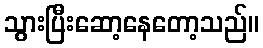
သွားပြီးဆော့နေတော့သည်။